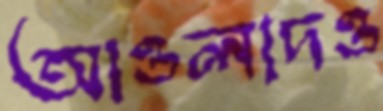
আওলাদও